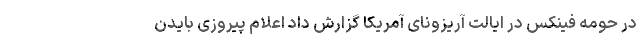
در حومه فینکس در ایالت آریزونای آمریکا گزارش داد اعلام پیروزی بایدن